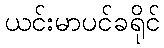
ယင်းမာပင်ခရိုင်